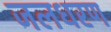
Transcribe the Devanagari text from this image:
जलधरण